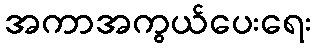
အကာအကွယ်ပေးရေး